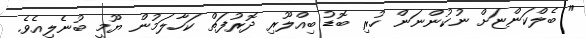
" ބެލްކަންޏަށް ނުކުންނަން ހުރި ބޮޑު ބިއްލޫރި ދޮރުފަތް ކަހާލަމުން ޔޫމީ ބުނެލިއެވެ.